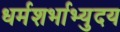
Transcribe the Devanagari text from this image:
धर्मशर्भाभ्युदय